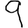
Digit: 9